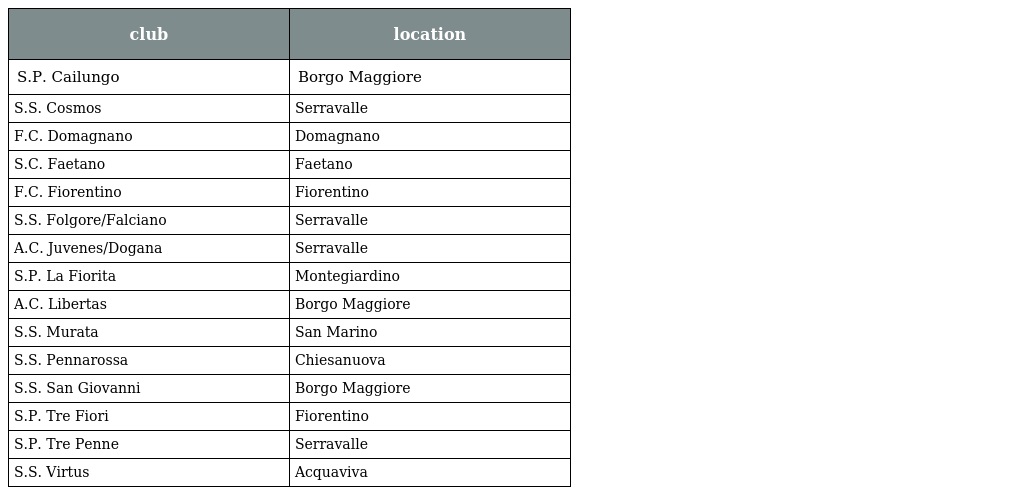
| club | location |
 | --- | --- |
 | S.P. Cailungo | Borgo Maggiore |
 | S.S. Cosmos | Serravalle |
 | F.C. Domagnano | Domagnano |
 | S.C. Faetano | Faetano |
 | F.C. Fiorentino | Fiorentino |
 | S.S. Folgore/Falciano | Serravalle |
 | A.C. Juvenes/Dogana | Serravalle |
 | S.P. La Fiorita | Montegiardino |
 | A.C. Libertas | Borgo Maggiore |
 | S.S. Murata | San Marino |
 | S.S. Pennarossa | Chiesanuova |
 | S.S. San Giovanni | Borgo Maggiore |
 | S.P. Tre Fiori | Fiorentino |
 | S.P. Tre Penne | Serravalle |
 | S.S. Virtus | Acquaviva |